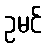
ဥမင်